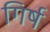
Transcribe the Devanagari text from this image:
गिर्ष